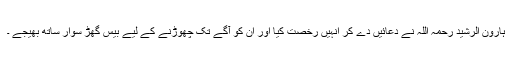
ہارون الرشید رحمہ اللہ نے دعائیں دے کر انہیں رخصت کیا اور ان کو آگے تک چھوڑنے کے لیے بیس گھڑ سوار ساتھ بھیجے ۔